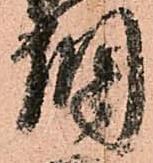
調